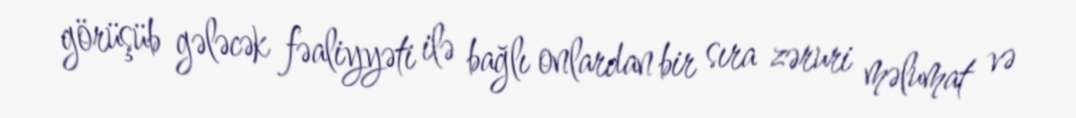
görüşüb gələcək fəaliyyəti ilə bağlı onlardan bir sıra zəruri məlumat və